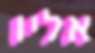
אליו